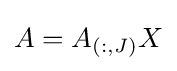
A=A_{(:,J)}X